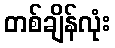
တစ်ချိန်လုံး